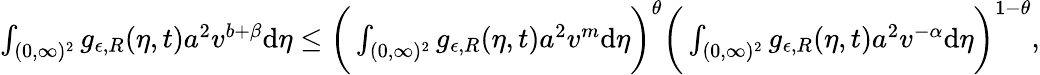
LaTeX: \begin{array}{r}{\int_{(0,\infty)^{2}}g_{\epsilon,R}(\eta,t)a^{2}v^{b+\beta}\textup{d}\eta\leq\bigg(\int_{(0,\infty)^{2}}g_{\epsilon,R}(\eta,t)a^{2}v^{m}\textup{d}\eta\bigg)^{\theta}\bigg(\int_{(0,\infty)^{2}}g_{\epsilon,R}(\eta,t)a^{2}v^{-\alpha}\textup{d}\eta\bigg)^{1-\theta},}\end{array}